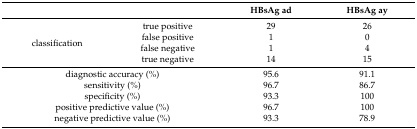
<table><thead><tr><td></td><td></td><td><b>HBsAg ad</b></td><td><b>HBsAg ay</b></td></tr></thead><tbody><tr><td rowspan="4">classification</td><td>true positive</td><td>29</td><td>26</td></tr><tr><td>false positive</td><td>1</td><td>0</td></tr><tr><td>false negative</td><td>1</td><td>4</td></tr><tr><td>true negative</td><td>14</td><td>15</td></tr><tr><td colspan="2">diagnostic accuracy (%)</td><td>95.6</td><td>91.1</td></tr><tr><td colspan="2">sensitivity (%)</td><td>96.7</td><td>86.7</td></tr><tr><td colspan="2">specificity (%)</td><td>93.3</td><td>100</td></tr><tr><td colspan="2">positive predictive value (%)</td><td>96.7</td><td>100</td></tr><tr><td colspan="2">negative predictive value (%)</td><td>93.3</td><td>78.9</td></tr></tbody></table>